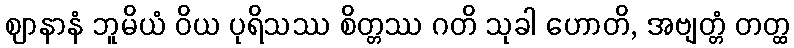
ဈာနာနံ ဘူမိယံ ဝိယ ပုရိသဿ စိတ္တဿ ဂတိ သုခါ ဟောတိ, အဗျတ္တံ တတ္ထ